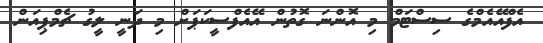
އެފްއޭއެމްގެ ސިސްޓަމް މި އޮންނަ ގޮތުން އޭއެފްސީކަޕަށް މި ދަނީ ލީގު ޗެމްޕިއަން